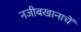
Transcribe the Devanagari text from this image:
नजीबखानाचें